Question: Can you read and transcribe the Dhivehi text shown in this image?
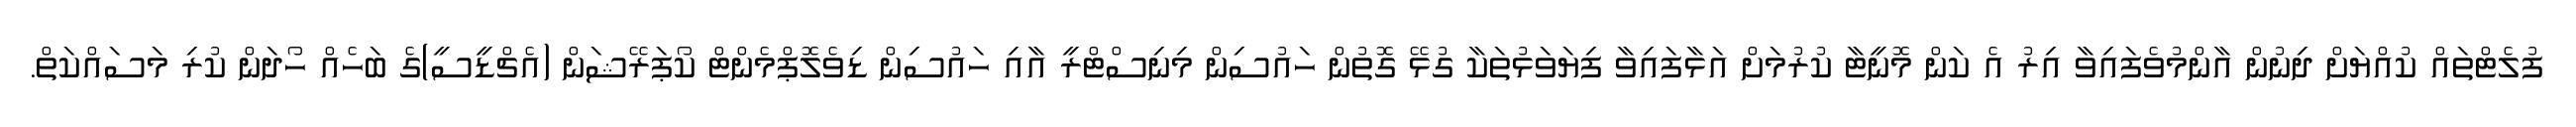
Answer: ފުލެޓްތައް ކުއްޔަށް ދިނުން އާންމުވެފައިވާ އިރު އެ ކަން މޮނީޓާ ކުރުމަށް އަޅާފައިވާ ފިޔަވަޅުތަކާ ގުޅޭ ގޮތުން ހައުސިން މިނިސްޓްރީ އާއި ހައުސިން ޑިވެލޮޕްމެންޓް ކޯޕަރޭޝަން (އެޗްޑީސީ)ގެ ބަހެއް ހޯދަން ކުރި މަސައްކަތް.